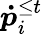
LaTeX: {\boldsymbol{\dot{p}}}_{i}^{\le t}